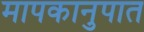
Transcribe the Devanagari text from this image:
मापकानुपात